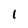
Character: I